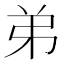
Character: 弟